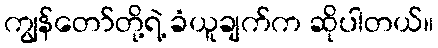
ကျွန်တော်တို့ရဲ့ ခံယူချက်က ဆိုပါတယ်။